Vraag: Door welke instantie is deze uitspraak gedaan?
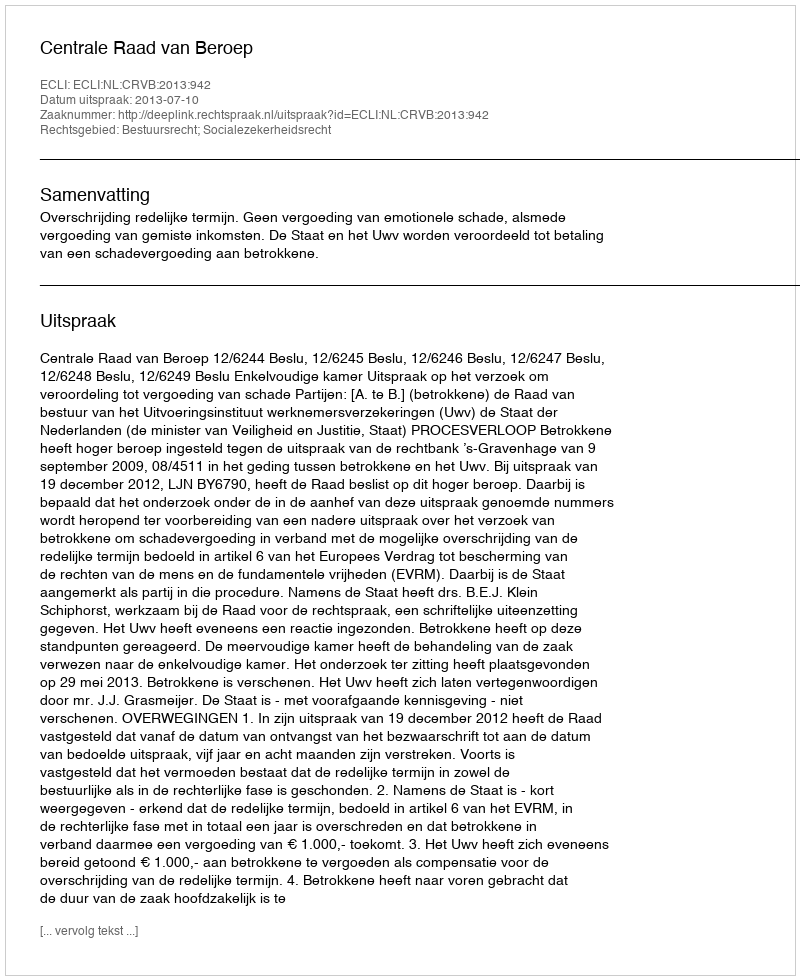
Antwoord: Centrale Raad van Beroep